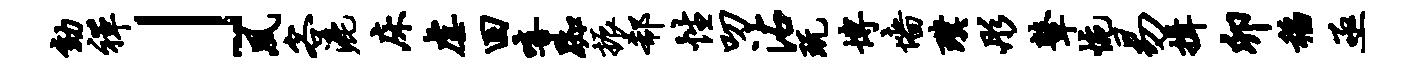
劾禅」夙客漉床虐回嘻踟振欷性叨沾玩博墙璞彤鼙惋易揖卯稻亟